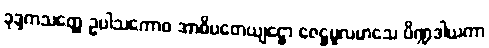
ခုဒ္ဒကသတ္ထေ ဥပါသကောဝ အာဓိပတေယျဋ္ဌော ဇေဋ္ဌမူလမာသေ ပိဏ္ဍဒါယကာ